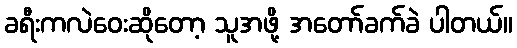
ခရီးကလဲဝေးဆိုတော့ သူအဖို့ အတော်ခက်ခဲ ပါတယ်။